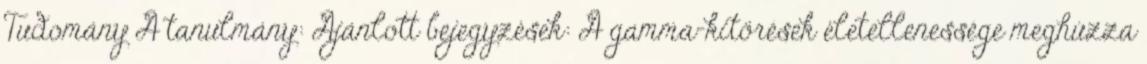
Tudomány A tanulmány: Ajánlott bejegyzések: A gamma-kitörések életellenessége meghúzza